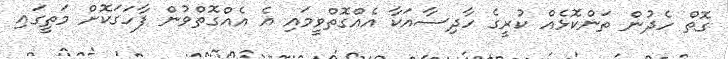
ގޮތް ހެދުން ތަންކޮޅެއް ކުރީގެ ހާދިސާއަކާ އެއްގޮތްވީމައި އެ އެއްގޮތްވުން ފާހަގަކޮށް މަތީގައި